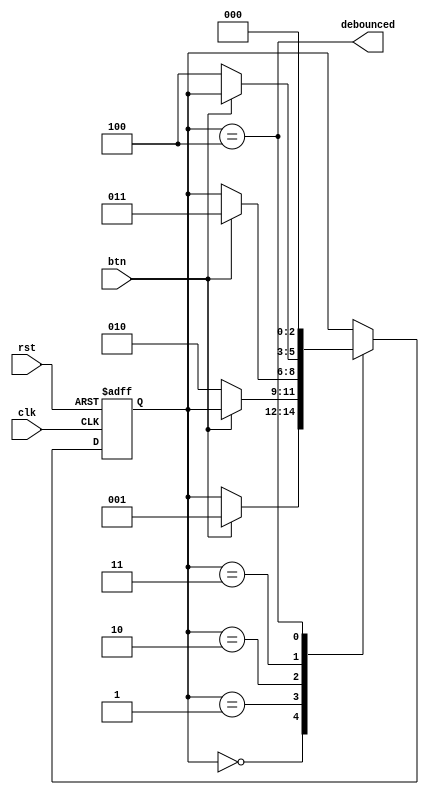
module debounce (
  input wire clk,        // Clock input
  input wire rst,        // Reset input
  input wire btn,        // Button input
  output wire debounced  // Debounced output
);

  // Internal registers
  reg [2:0] state;

  // Debounce parameters
  parameter DEBOUNCE_TIME = 3; // Set debounce time in clock cycles

  // Always block for debounce state machine
  always @(posedge clk or posedge rst) begin
    if (rst) begin
      state <= 3'b000;
    end else begin
      case (state)
        3'b000: begin
          if (btn) begin
            state <= 3'b001;
          end
        end
        3'b001: begin
          if (!btn) begin
            state <= 3'b010;
          end
        end
        3'b010: begin
          if (btn) begin
            state <= 3'b011;
          end
        end
        3'b011: begin
          if (!btn) begin
            state <= 3'b100;
          end
        end
        3'b100: begin
          state <= 3'b000;
        end
      endcase
    end
  end

  // Assign debounced output
  assign debounced = (state == 3'b100);

endmodule